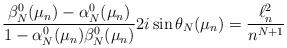
LaTeX: \begin{align*}\frac{\beta_N^{0}(\mu_n)-\alpha_N^{0}(\mu_n)}{1-\alpha_N^{0}(\mu_n)\beta_N^{0}(\mu_n)} 2i\sin \theta_N(\mu_n)= \frac{\ell^2_n}{n^{N+1}}\end{align*}